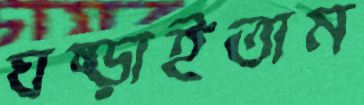
ঘষ্‌ড়াইতাম